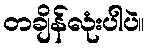
တချိန်လုံးပါပဲ။